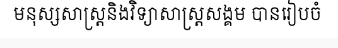
មនុស្សសាស្ត្រនិងវិទ្យាសាស្ត្រសង្គម បានរៀបចំ